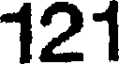
121